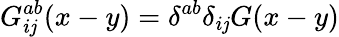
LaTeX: G_{i\mathit{j}}^{ab}(x-y)=\delta^{ab}\delta_{i\mathit{j}}G(x-y)